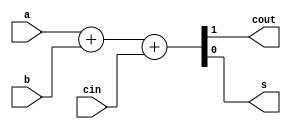
`timescale 1ns / 1ps
//////////////////////////////////////////////////////////////////////////////////
// Company: 
// Engineer: 
// 
// Design Name: 
// Module Name: fullAdder2
// Project Name: 
// Target Devices: 
// Tool Versions: 
// Description: 
// 
// Dependencies: 
// 
// Revision:
// Revision 0.01 - File Created
// Additional Comments:
// 
//////////////////////////////////////////////////////////////////////////////////


module fullAdder2(
    cout,s,a,b,cin
    );
    output cout;
    output s;
    input a;
    input b;
    input cin;
    assign {cout,s} = a + b + cin;
endmodule